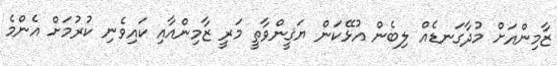
ޒާމިންއަށް މުދާގަނޑެއް ލިބެން އުޅޭކަން ޔަޤީންވާތީ މަރީ ޒާމިންއާއި ކައިވެނި ކުރުމަށް އެންމެ